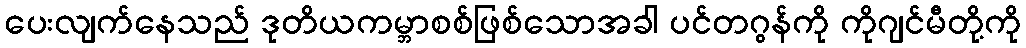
ပေးလျက်နေသည် ဒုတိယကမ္ဘာစစ်ဖြစ်သောအခါ ပင်တဂွန်ကို ကိုဂျင်မီတို့ကို